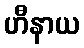
ဟီနာယ